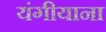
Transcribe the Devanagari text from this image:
यंगीयाना